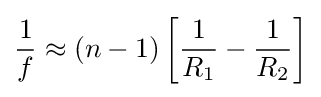
{\frac {1}{f}}\approx \left(n-1\right)\left[{\frac {1}{R_{1}}}-{\frac {1}{R_{2}}}\right]